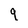
Character: 9